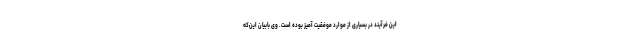
این فرآیند در بسیاری از موارد موفقیت آمیز بوده است. وی بابیان این‌که